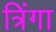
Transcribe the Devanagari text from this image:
त्रिंगा